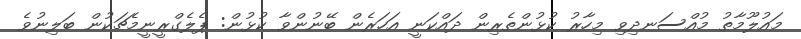
މައުލޫމާތު މުއްސަނދިވި މިހާރު ކުޅުންތެރިން ދައްކަނީ އަހަރެން ބޭނުންވާ ކުޅުން: ޕެލެގްރީނީމެޗަކުން ބަލިނުވެ